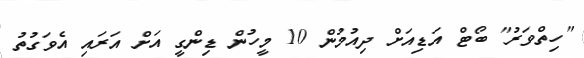
"ހިތްވަރު" ބޯޓް އަޑިއަށް ދިއުމުން 10 މީހުން ޑިންގީ އަށް އަރައި އެވަގުތު